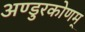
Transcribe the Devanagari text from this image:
अण्डुरकोणम्